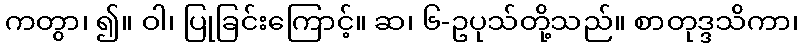
ကတွာ၊ ၍။ ဝါ၊ ပြုခြင်းကြောင့်။ ဆ၊ ၆-ဥပုသ်တို့သည်။ စာတုဒ္ဒသိကာ၊